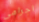
اجرامي